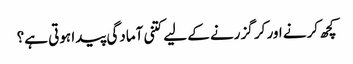
کچھ کرنے اور کر گزرنے کے لیے کتنی آمادگی پیدا ہوتی ہے؟